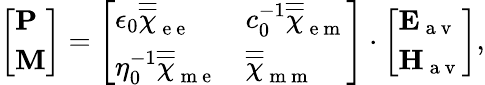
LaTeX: \begin{array}{r}{\left[\begin{array}{l}{\mathbf{P}}\\ {\mathbf{M}}\end{array}\right]=\left[\begin{array}{ll}{\epsilon_{0}\overline{{\overline{{\chi}}}}_{\mathrm{~e~e~}}}&{c_{0}^{-1}\overline{{\overline{{\chi}}}}_{\mathrm{~e~m~}}}\\ {\eta_{0}^{-1}\overline{{\overline{{\chi}}}}_{\mathrm{~m~e~}}}&{\overline{{\overline{{\chi}}}}_{\mathrm{~m~m~}}}\end{array}\right]\cdot\left[\begin{array}{l}{\mathbf{E}_{\mathrm{~a~v~}}}\\ {\mathbf{H}_{\mathrm{~a~v~}}}\end{array}\right],}\end{array}